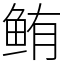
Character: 鲔